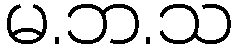
မ.ဘ.သ